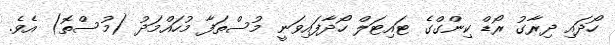
ހޯދައި ދިރާގު ރޯޑް ކިންގްގެ ޓައިޓަލް ހޯދާފައިވަނީ މުސްތަފާ މުހައްމަދު (މުސްތޮ) އެވެ.